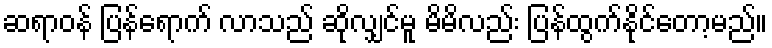
ဆရာဝန် ပြန်ရောက် လာသည် ဆိုလျှင်မူ မိမိလည်း ပြန်ထွက်နိုင်တော့မည်။